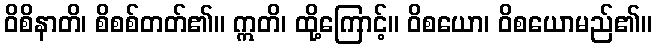
ဝိစိနာတိ၊ စိစစ်တတ်၏။ ဣတိ၊ ထို့ကြောင့်။ ဝိစယော၊ ဝိစယောမည်၏။